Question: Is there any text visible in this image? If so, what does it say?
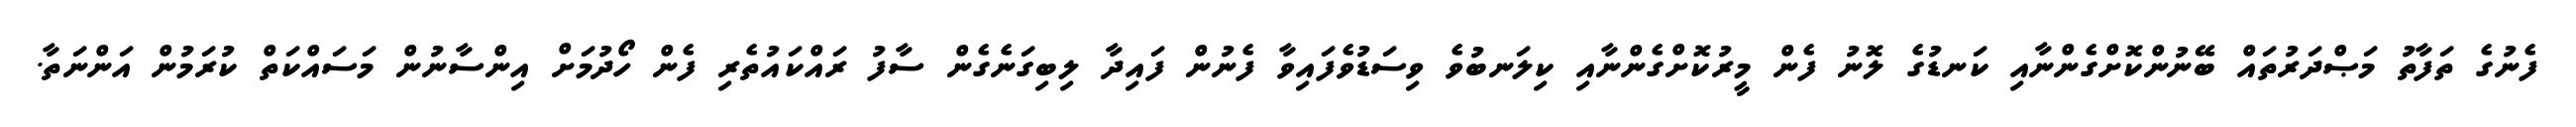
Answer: ފެނުގެ ތަފާތު މަޞްދަރުތައް ބޭނުންކޮށްގެންނާއި ކަނޑުގެ ލޮނު ފެން މީރުކޮށްގެންނާއި ކިލަނބުވެ ވިސަޑުވެފައިވާ ފެނުން ފައިދާ ލިބިގަނެގެން ސާފު ރައްކައުތެރި ފެން ހޯދުމަށް އިންސާނުން މަސައްކަތް ކުރަމުން އަންނަތާ.